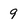
Character: 9